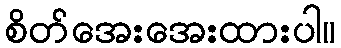
စိတ်အေးအေးထားပါ။